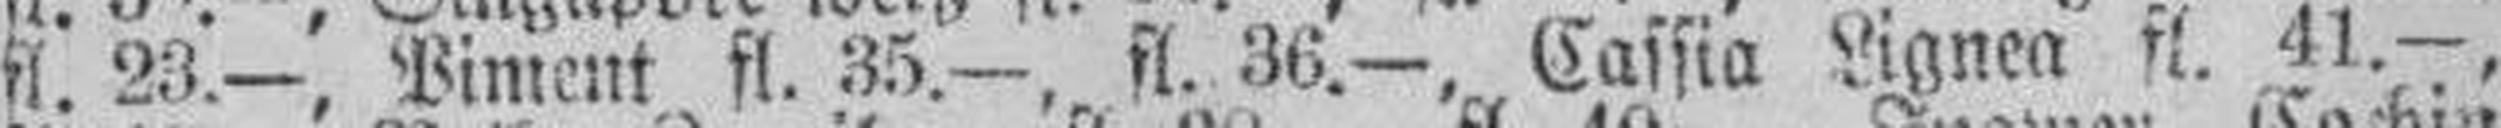
fl. 23.—, Piment fl. 35.—. fl. 36.—, Cassia Lignea fl. 41.—,